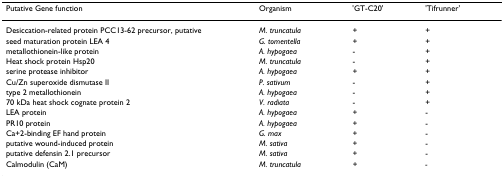
<table><thead><tr><td><b>Putative Gene function</b></td><td><b>Organism</b></td><td><b>&#x27;GT-C20&#x27;</b></td><td><b>&#x27;Tifrunner&#x27;</b></td></tr></thead><tbody><tr><td>Desiccation-related protein PCC13-62 precursor, putative</td><td><i>M. truncatula</i></td><td>+</td><td>+</td></tr><tr><td>seed maturation protein LEA 4</td><td><i>G. tomentella</i></td><td>+</td><td>+</td></tr><tr><td>metallothionein-like protein</td><td><i>A. hypogaea</i></td><td>-</td><td>+</td></tr><tr><td>Heat shock protein Hsp20</td><td><i>M. truncatula</i></td><td>-</td><td>+</td></tr><tr><td>serine protease inhibitor</td><td><i>A. hypogaea</i></td><td>+</td><td>+</td></tr><tr><td>Cu/Zn superoxide dismutase II</td><td><i>P. sativum</i></td><td>-</td><td>+</td></tr><tr><td>type 2 metallothionein</td><td><i>A. hypogaea</i></td><td>-</td><td>+</td></tr><tr><td>70 kDa heat shock cognate protein 2</td><td><i>V. radiata</i></td><td>-</td><td>+</td></tr><tr><td>LEA protein</td><td><i>A. hypogaea</i></td><td>+</td><td>-</td></tr><tr><td>PR10 protein</td><td><i>A. hypogaea</i></td><td>+</td><td>-</td></tr><tr><td>Ca+2-binding EF hand protein</td><td><i>G. max</i></td><td>+</td><td>-</td></tr><tr><td>putative wound-induced protein</td><td><i>M. sativa</i></td><td>+</td><td>-</td></tr><tr><td>putative defensin 2.1 precursor</td><td><i>M. sativa</i></td><td>+</td><td>-</td></tr><tr><td>Calmodulin (CaM)</td><td><i>M. truncatula</i></td><td><i>+</i></td><td><i>-</i></td></tr></tbody></table>